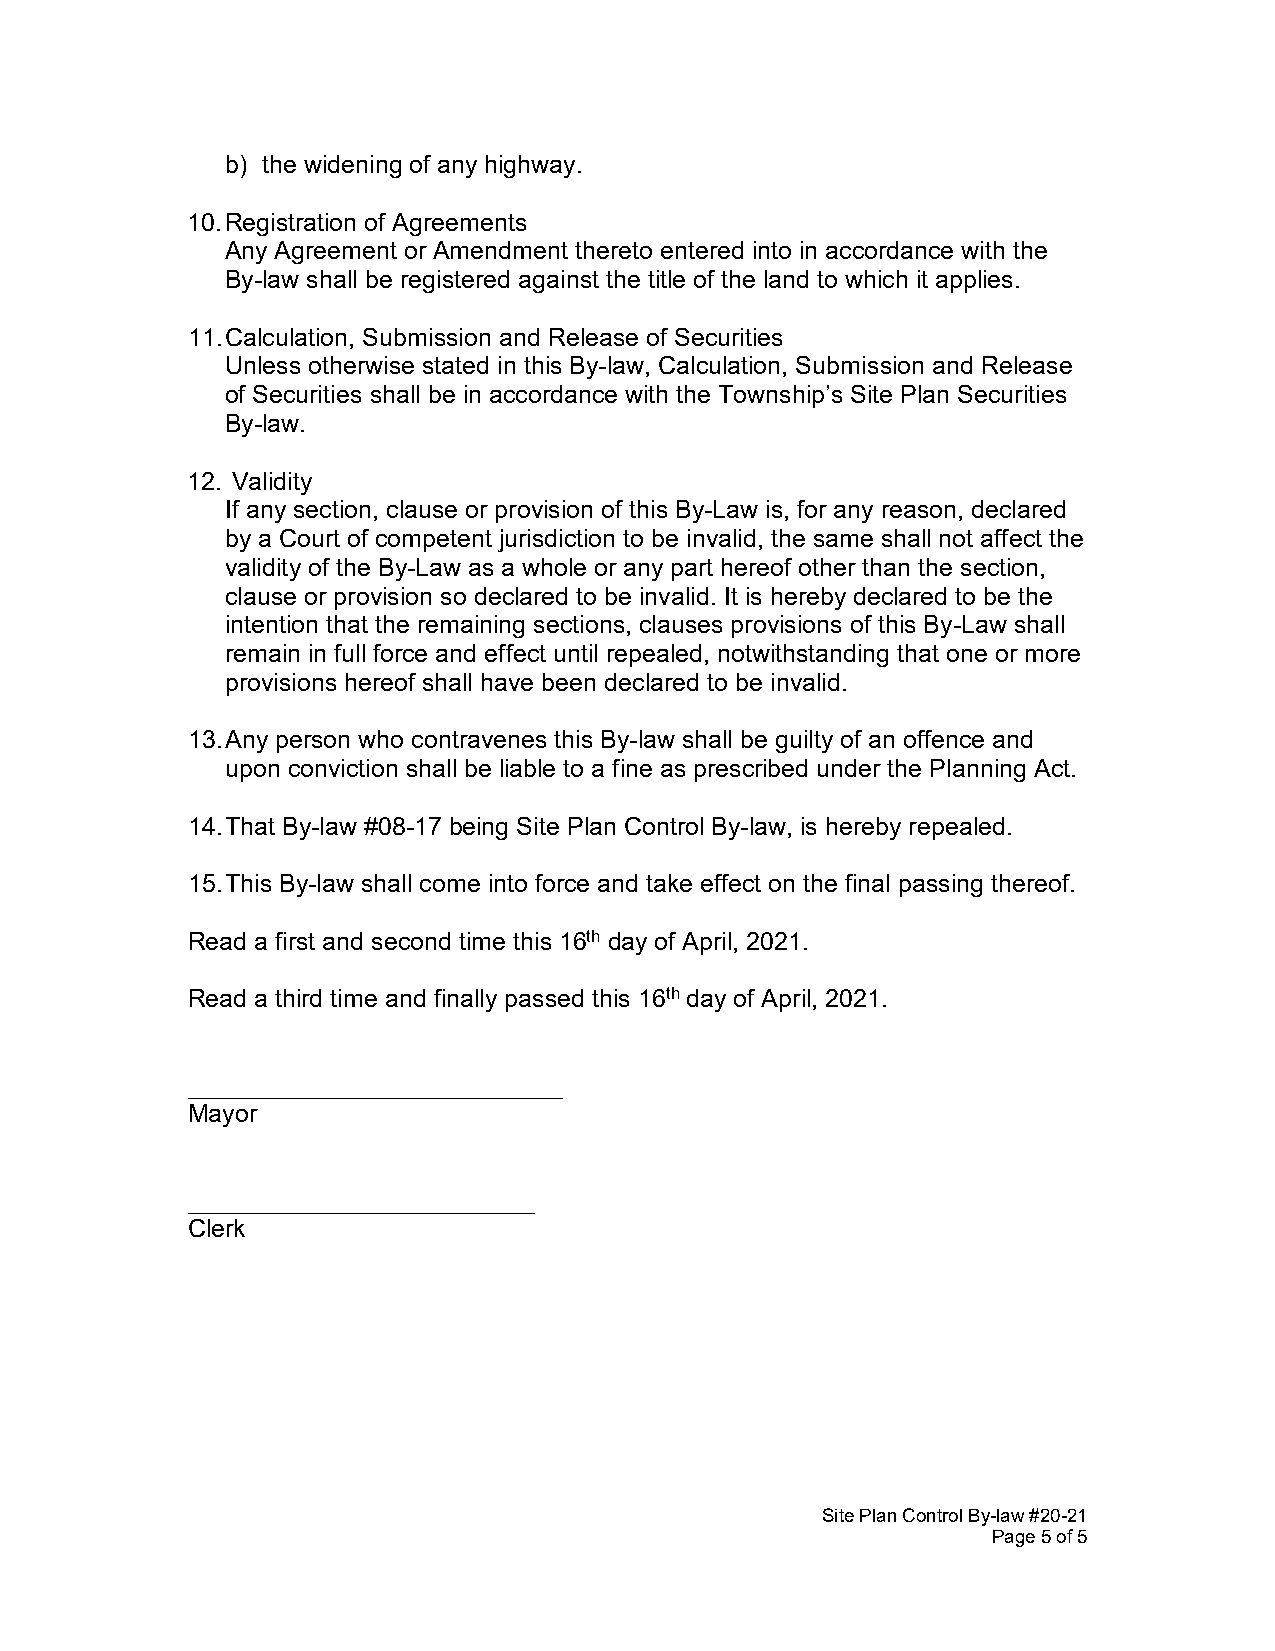
b) the widening of any highway.
 10. Registration of Agreements
 Any Agreement or Amendment thereto entered into in accordance with the
 By-law shall be registered against the title of the land to which it applies.
 11. Calculation, Submission and Release of Securities
 Unless otherwise stated in this By-law, Calculation, Submission and Release
 of Securities shall be in accordance with the Township’s Site Plan Securities
 By-law.
 12. Validity
 If any section, clause or provision of this By-Law is, for any reason, declared
 by a Court of competent jurisdiction to be invalid, the same shall not affect the
 validity of the By-Law as a whole or any part hereof other than the section,
 clause or provision so declared to be invalid. It is hereby declared to be the
 intention that the remaining sections, clauses provisions of this By-Law shall
 remain in full force and effect until repealed, notwithstanding that one or more
 provisions hereof shall have been declared to be invalid.
 13. Any person who contravenes this By-law shall be guilty of an offence and
 upon conviction shall be liable to a fine as prescribed under the Planning Act.
 14. That By-law #08-17 being Site Plan Control By-law, is hereby repealed.
 15. This By-law shall come into force and take effect on the final passing thereof.
 Read a first and second time this 16th day of April, 2021.
 Read a third time and finally passed this 16th day of April, 2021.
 ___________________________
 Mayor
 _________________________
 Clerk
 Site Plan Control By-law #20-21
 Page 5 of 5